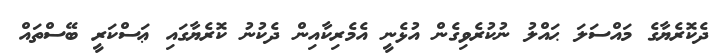
ދެކޮރެޔާގެ މައްސަލަ ޙައްލު ނުކުރެވިގެން އުޅެނީ އެމެރިކާއިން ދެކުނު ކޮރެޔާގައި ޢަސްކަރީ ބޭސްތައް